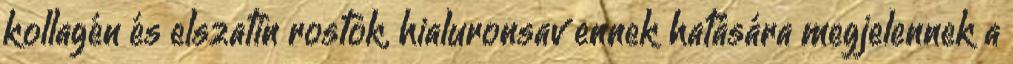
kollagén és elszatin rostok, hialuronsav ennek hatására megjelennek a